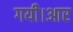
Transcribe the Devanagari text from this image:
गयी।आर